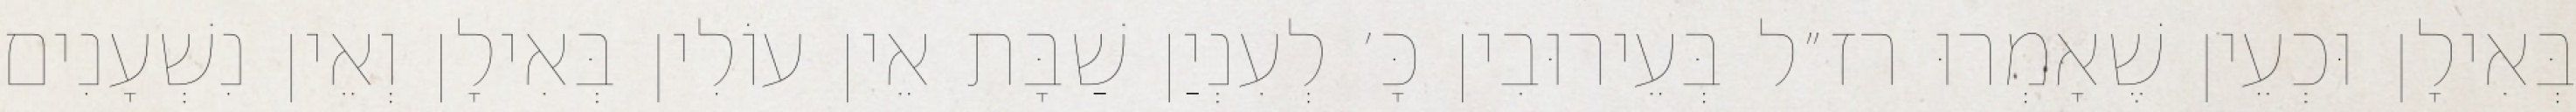
בְּאִילָן וּכְעֵין שֶׁאָמְרוּ רז״ל בְּעֵירוּבִין כָּ׳ לְעִנְיַן שַׁבָּת אֵין עוֹלִין בְּאִילָן וְאֵין נִשְׁעָנִים